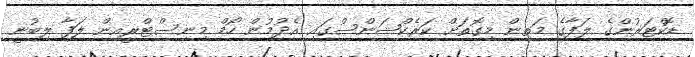
ޑޮކްޓަރުންގެ ލަފާގެ މަތިން މިގޮތަށް ކަރެކްޝަންސްގައި އެދުމުން ހޯމް މިނިސްޓްރީއިން ލަފާ ލިބުނީ